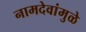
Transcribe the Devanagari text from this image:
नामदेवांमुळे